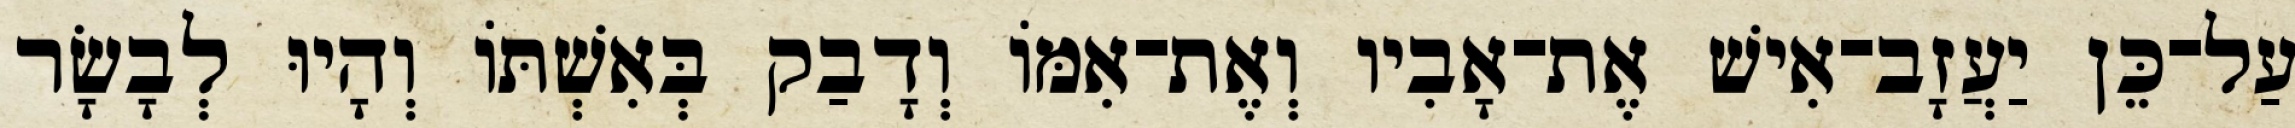
עַל־כֵּן יַעֲזָב־אִישׁ אֶת־אָבִיו וְאֶת־אִמֹּו וְדָבַק בְּאִשְׁתֹּו וְהָיוּ לְבָשָׂר